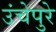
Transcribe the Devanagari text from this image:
उंचेपुरे